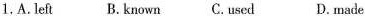
1,A.left B. known C. used D. made